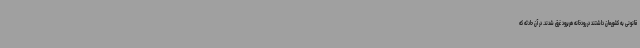
قانونی به کشورمان داشتند در رودخانه هریرود غرق شدند. در آن حادثه که